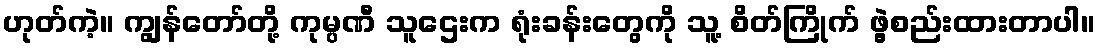
ဟုတ်ကဲ့။ ကျွန်တော်တို့ ကုမ္ပဏီ သူဌေးက ရုံးခန်းတွေကို သူ့ စိတ်ကြိုက် ဖွဲ့စည်းထားတာပါ။